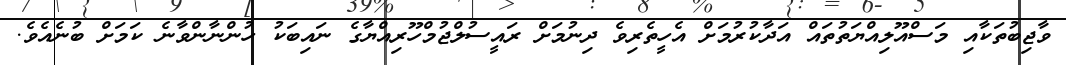
ވާޖިބުތަކާއި މަސްއޫލިއްޔަތުތައް އަދާކުރުމަށް އެހީތެރިވެ ދިނުމަށް ރައީސުލްޖުމްހޫރިއްޔާގެ ނައިބަކު ހުންނާންވާނެ ކަމަށް ބުނެއެވެ.